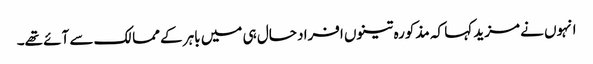
انہوں نے مزید کہا کہ مذکورہ تینوں افراد حال ہی میں باہر کے ممالک سے آئے تھے۔